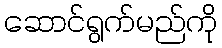
ဆောင်ရွက်မည်ကို